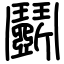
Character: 鬭